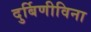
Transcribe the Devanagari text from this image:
दुर्बिणीविना